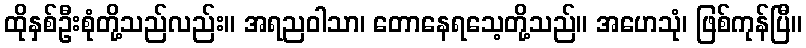
ထိုနှစ်ဦးစုံတို့သည်လည်း။ အရညဝါသာ၊ တောနေရသေ့တို့သည်။ အဟေသုံ၊ ဖြစ်ကုန်ပြီ။